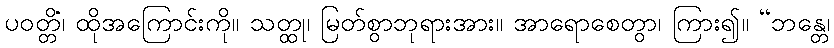
ပဝတ္တိံ၊ ထိုအကြောင်းကို။ သတ္ထု၊ မြတ်စွာဘုရားအား။ အာရောစေတွာ၊ ကြား၍။ “ဘန္တေ၊